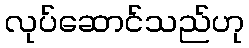
လုပ်ဆောင်သည်ဟု